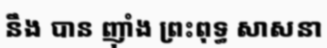
នឹង បាន ញ៉ាំង ព្រះពុទ្ធ សាសនា